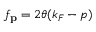
f _ { \mathbf { p } } = 2 \theta ( k _ { F } - p )